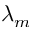
\lambda _ { m }